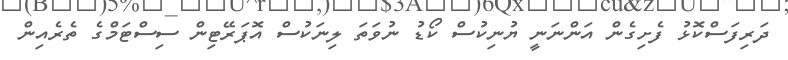
ދަރިފަސްކޮޅު ފެށިގެން އަންނަނީ ޔުނިކުސް ކޯޑު ނުވަތަ ލިނަކުސް އޮޕަރޭޓިން ސިސްޓަމްގެ ތެރެއިން